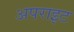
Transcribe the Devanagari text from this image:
अपराइट